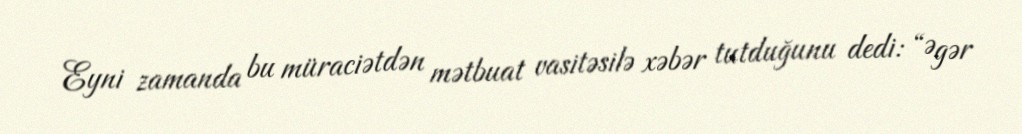
Eyni zamanda bu müraciətdən mətbuat vasitəsilə xəbər tutduğunu dedi: “Əgər